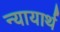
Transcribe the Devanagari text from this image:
न्यायार्थ